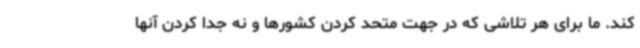
کند. ما برای هر تلاشی که در جهت متحد کردن کشورها و نه جدا کردن آنها